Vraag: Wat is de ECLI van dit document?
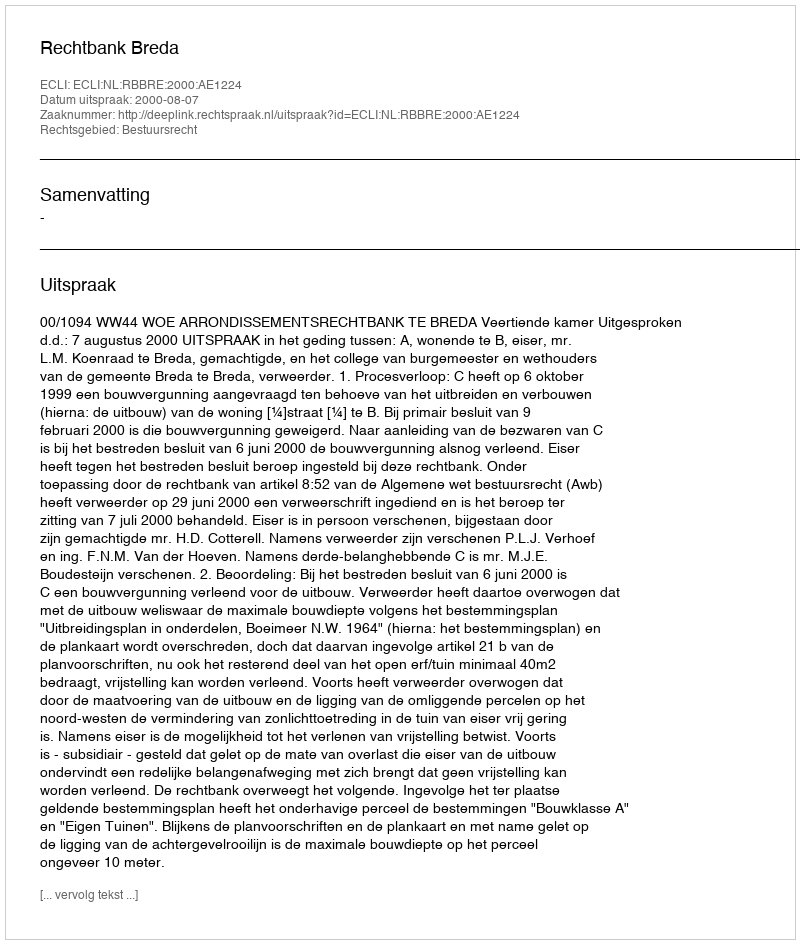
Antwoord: ECLI:NL:RBBRE:2000:AE1224